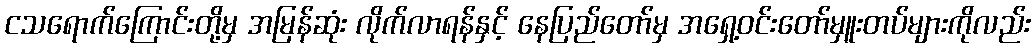
ငသရောက်ကြောင်းတို့မှ အမြန်ဆုံး လိုက်လာရန်နှင့် နေပြည်တော်မှ အရှေ့ဝင်းတော်မှူးတပ်များကိုလည်း